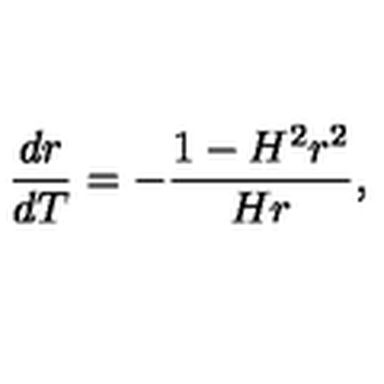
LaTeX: \frac { d r } { d T } = - \frac { 1 - H ^ { 2 } r ^ { 2 } } { H r } ,